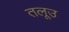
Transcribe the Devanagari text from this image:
तलूउ